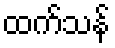
ထက်သန်